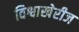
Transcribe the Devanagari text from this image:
विश्वाखेरीज